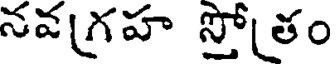
నవగ్రహ స్తోతం